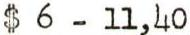
$ 6 - 11,40